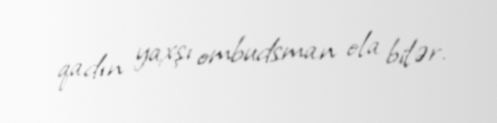
qadın yaxşı ombudsman ola bilər.